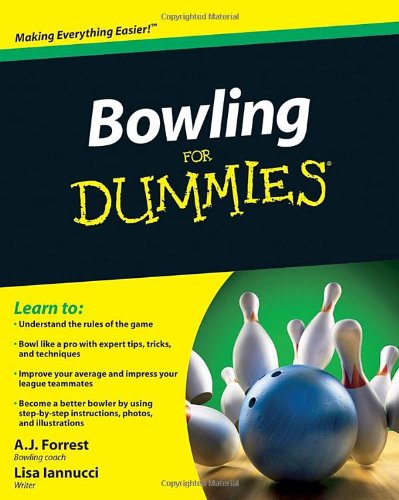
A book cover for Bowling For Dummies; A.J. Forrest; Sports & Outdoors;